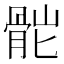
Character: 𩨷